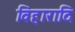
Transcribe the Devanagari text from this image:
विहारादि